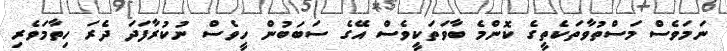
ނަމަވެސް މަސްތުވާތަކެތީގެ ކޮންމެ ބާވަތަކީވެސް އޭގެ ސަބަބުން ހީވެސް ނުކުރާފަދަ ދެރަ ހިތާމަވެރި